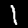
Digit: 1